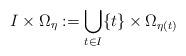
LaTeX: \begin{align*}I\times\Omega_\eta:=\bigcup_{t\in I}\{t\}\times\Omega_{\eta(t)}\end{align*}